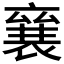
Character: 𮖠